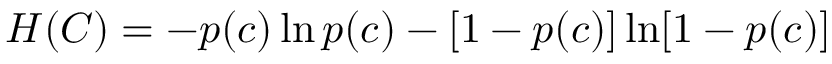
H ( C ) = - p ( c ) \ln p ( c ) - [ 1 - p ( c ) ] \ln [ 1 - p ( c ) ]